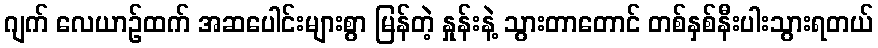
ဂျက် လေယာဉ်ထက် အဆပေါင်းများစွာ မြန်တဲ့ နှုန်းနဲ့ သွားတာတောင် တစ်နှစ်နီးပါးသွားရတယ်